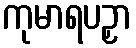
ကုမာရပဉှာ